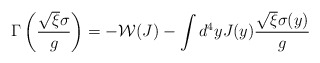
\begin{align*}\Gamma\left(\frac{\sqrt{\xi}\sigma}{g}\right)=-\mathcal{W}(J)-\int d^{4}yJ(y)\frac{\sqrt{\xi}\sigma(y)}{g}\end{align*}